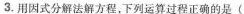
3.用因式分解法解方程，下列运算过程正确的是(